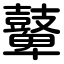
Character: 鼙